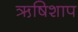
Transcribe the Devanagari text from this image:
ऋषिशाप